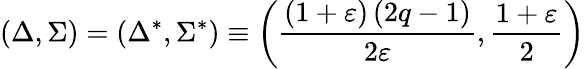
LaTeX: \left(\Delta,\Sigma\right)=\left(\Delta^{*},\Sigma^{*}\right)\equiv\left(\frac{\left(1+\varepsilon\right)\left(2q-1\right)}{2\varepsilon},\frac{1+\varepsilon}{2}\right)